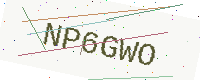
Text: NP6GWO